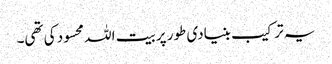
یہ ترکیب بنیادی طور پر بیت اللہ محسود کی تھی۔